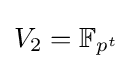
V_{2}=\mathbb {F} _{p^{t}}